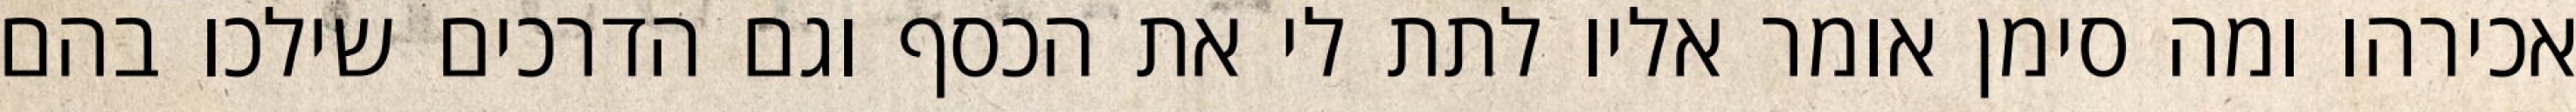
אכירהו ומה סימן אומר אליו לתת לי את הכסף וגם הדרכים שילכו בהם